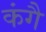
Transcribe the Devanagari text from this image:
कंगै